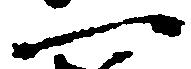
一